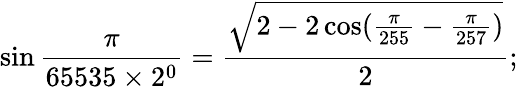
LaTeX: \sin{\frac{\pi}{65535\times 2^{0}}}={\frac{\sqrt{2-2\cos({\frac{\pi}{255}}-{\frac{\pi}{257}})}}{2}};